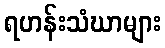
ရဟန်းသံဃာများ